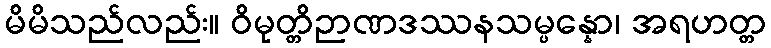
မိမိသည်လည်း။ ဝိမုတ္တိဉာဏဒဿနသမ္ပန္နော၊ အရဟတ္တ